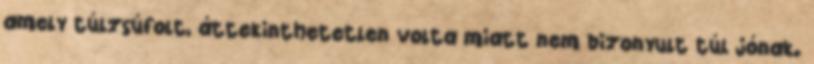
amely túlzsúfolt, áttekinthetetlen volta miatt nem bizonyult túl jónak.